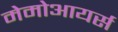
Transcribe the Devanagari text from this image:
मेमोआयर्स